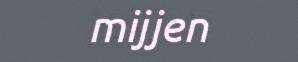
mijjen